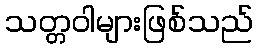
သတ္တဝါများဖြစ်သည်